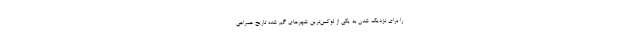
را برای نزدیک شدن به یکی از لوکس‌ترین شهرهای گم شده تاریخ همراهی